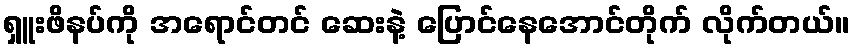
ရှူးဖိနပ်ကို အရောင်တင် ဆေးနဲ့ ပြောင်နေအောင်တိုက် လိုက်တယ်။